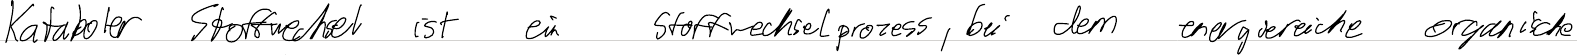
Kataboler Stoffwechsel ist ein Stoffwechselprozess, bei dem energiereiche organische